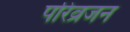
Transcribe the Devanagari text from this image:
परिव्रजन